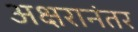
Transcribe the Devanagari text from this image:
अक्षरानंतर